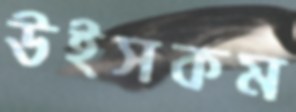
উইসকম